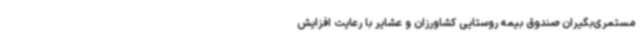
مستمری‌بگیران صندوق بیمه روستایی کشاورزان و عشایر با رعایت افزایش